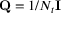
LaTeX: \mathbf { Q } = 1 / N _ { t } \mathbf { I }